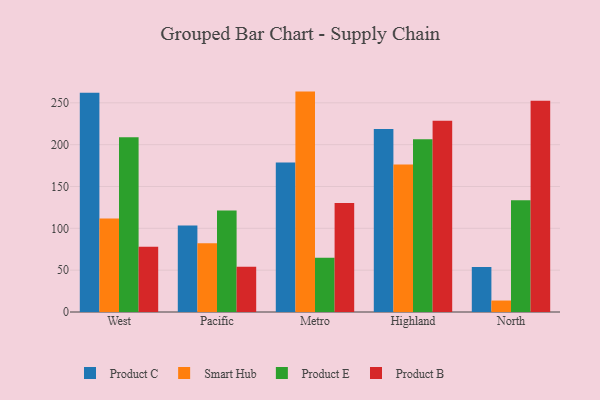
{"axis": {"x": "Region", "y": "Production Output"}, "legend": ["Product B", "Product C", "Product E", "Smart Hub"], "data": [{"x": "West", "y": 261.9, "type": "Product C"}, {"x": "West", "y": 111.6, "type": "Smart Hub"}, {"x": "West", "y": 208.9, "type": "Product E"}, {"x": "West", "y": 77.9, "type": "Product B"}, {"x": "Pacific", "y": 103.4, "type": "Product C"}, {"x": "Pacific", "y": 82.3, "type": "Smart Hub"}, {"x": "Pacific", "y": 121.4, "type": "Product E"}, {"x": "Pacific", "y": 54.0, "type": "Product B"}, {"x": "Metro", "y": 178.7, "type": "Product C"}, {"x": "Metro", "y": 263.4, "type": "Smart Hub"}, {"x": "Metro", "y": 64.7, "type": "Product E"}, {"x": "Metro", "y": 130.4, "type": "Product B"}, {"x": "Highland", "y": 218.6, "type": "Product C"}, {"x": "Highland", "y": 176.2, "type": "Smart Hub"}, {"x": "Highland", "y": 206.5, "type": "Product E"}, {"x": "Highland", "y": 228.6, "type": "Product B"}, {"x": "North", "y": 53.9, "type": "Product C"}, {"x": "North", "y": 13.7, "type": "Smart Hub"}, {"x": "North", "y": 133.5, "type": "Product E"}, {"x": "North", "y": 252.4, "type": "Product B"}]}